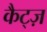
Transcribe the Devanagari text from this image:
कैट्ज़